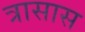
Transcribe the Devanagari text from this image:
त्रासास